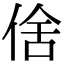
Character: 倽